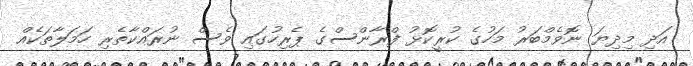
އަދި މިދިޔަ ނޮވެމްބަރު މަހުގެ ކުރީކޮޅު ފްރާންސްގެ ޕެރިހުގައި ވެސް ނުރައްކާތެރި ހަމަލާތަކެއް